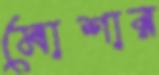
মোশার